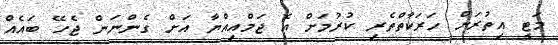
މަޓީ އިތުރަށް ހަރަކާތްތެރި ކުރުމަށް އެ ޖަމްއިއްޔާ އަށް ގެންނަން ޖެހޭ ބައެއް